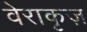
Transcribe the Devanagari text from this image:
वेराकृज़